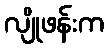
လျိုဖန်းက